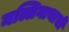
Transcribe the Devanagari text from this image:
मल्लिनाथाची